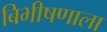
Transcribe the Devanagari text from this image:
बिभीषणाला